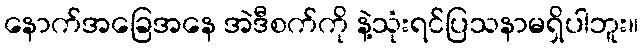
နောက်အခြေအနေ အဲဒီစက်ကို နဲ့သုံးရင်ပြသနာမရှိပါဘူး။